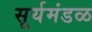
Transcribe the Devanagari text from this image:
सूर्यमंडळ